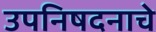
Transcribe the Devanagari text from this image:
उपनिषदनाचे